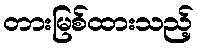
တားမြစ်ထားသည့်